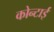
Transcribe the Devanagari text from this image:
कोन्टाई